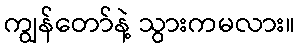
ကျွန်တော်နဲ့ သွားကမလား။